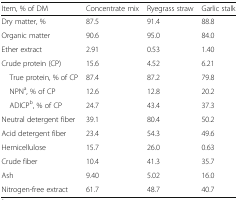
| Item, % of DM | Concentrate mix | Ryegrass straw | Garlic stalk |
 | --- | --- | --- | --- |
 | Dry matter, % | 87.5 | 91.4 | 88.8 |
 | Organic matter | 90.6 | 95.0 | 84.0 |
 | Ether extract | 2.91 | 0.53 | 1.40 |
 | Crude protein (CP) | 15.6 | 4.52 | 6.21 |
 | True protein, % of CP | 87.4 | 87.2 | 79.8 |
 | NPNa, % of CP | 12.6 | 12.8 | 20.2 |
 | ADICPb, % of CP | 24.7 | 43.4 | 37.3 |
 | Neutral detergent fiber | 39.1 | 80.4 | 50.2 |
 | Acid detergent fiber | 23.4 | 54.3 | 49.6 |
 | Hemicellulose | 15.7 | 26.0 | 0.63 |
 | Crude fiber | 10.4 | 41.3 | 35.7 |
 | Ash | 9.40 | 5.02 | 16.0 |
 | Nitrogen-free extract | 61.7 | 48.7 | 40.7 |